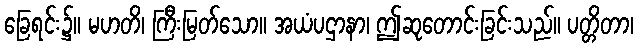
ခြေရင်း၌။ မဟတိ၊ ကြီးမြတ်သော။ အယံပဌာနာ၊ ဤဆုတောင်းခြင်းသည်။ ပတ္တိတာ၊